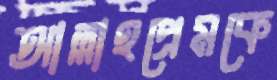
আল্লাহপ্রেমকে